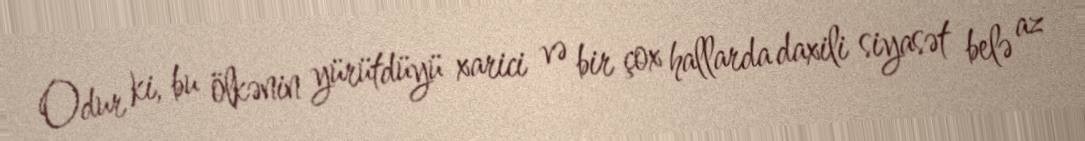
Odur ki, bu ölkənin yürütdüyü xarici və bir çox hallarda daxili siyasət belə az